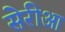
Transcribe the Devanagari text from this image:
सेरीआ